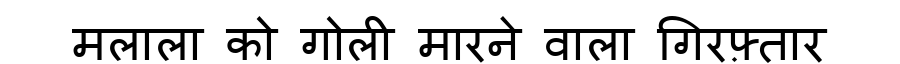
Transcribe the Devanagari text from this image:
मलाला को गोली मारने वाला गिरफ़्तार